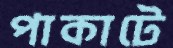
পাকাটে